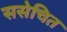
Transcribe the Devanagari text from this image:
ससेचित